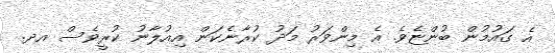
އެ ގައުުމުން ބުންޏެވެ. އެ މިންވަރު މަދު ކުރާނެކަން އިއުލާނު ކުރީވެސް އދ.